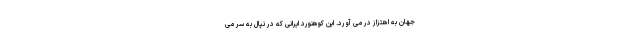
جهان به اهتزاز در می آورد. این کوهنورد ایرانی که در نپال به سر می